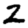
Digit: 2